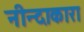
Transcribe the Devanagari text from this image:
नीन्दाकारा